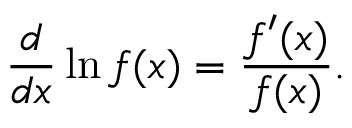
\frac { d } { d x } \ln f ( x ) = \frac { f ^ { \prime } ( x ) } { f ( x ) } .